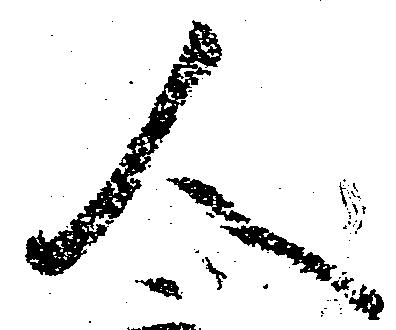
人